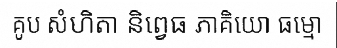
គូប សំហិតា និព្វេធ ភាគិយោ ធម្មោ